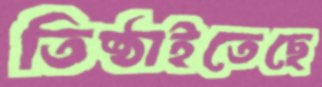
তিষ্ঠাইতেছে